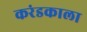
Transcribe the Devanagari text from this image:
करंडकाला